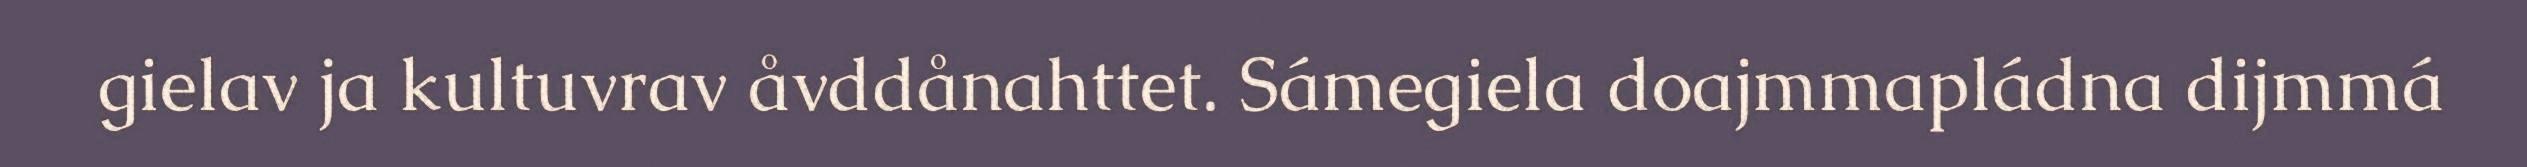
gielav ja kultuvrav åvddånahttet. Sámegiela doajmmapládna dijmmá